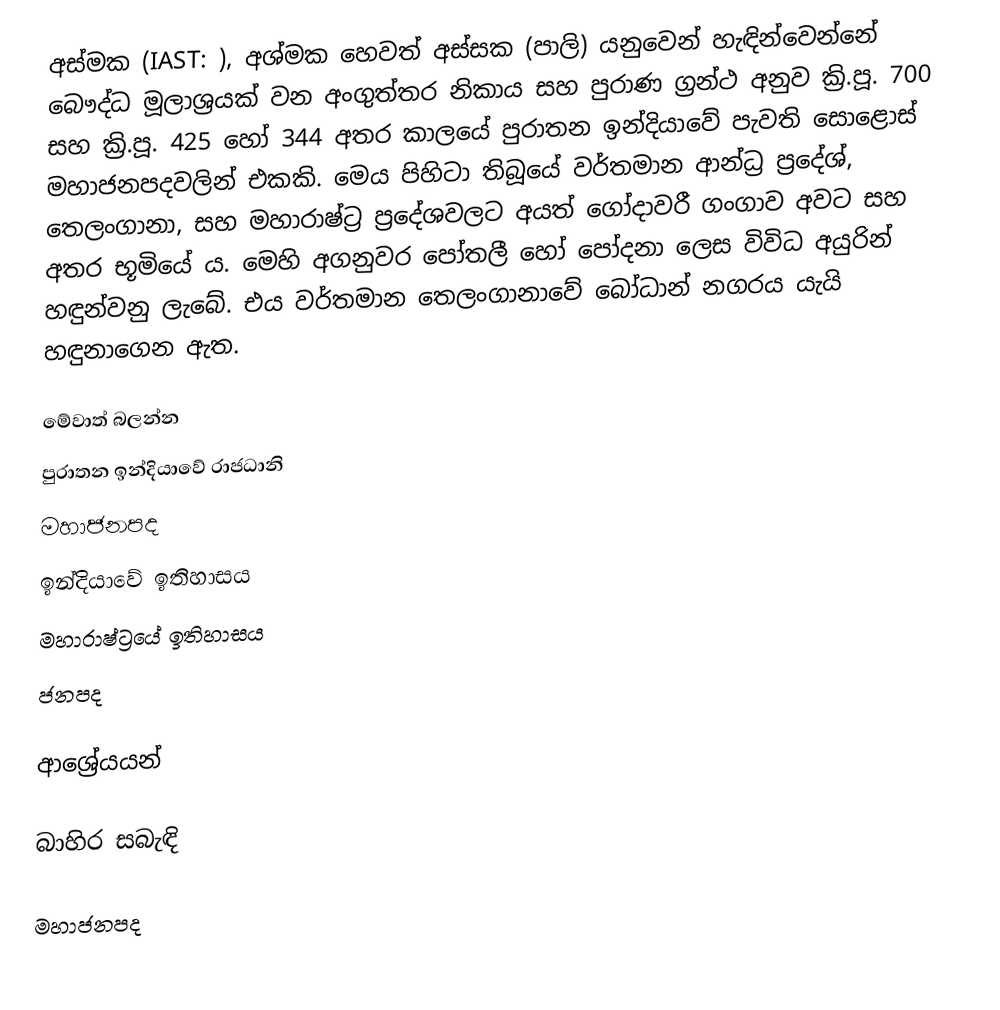
අස්මක (IAST: ), අශ්මක හෙවත් අස්සක (පාලි) යනුවෙන් හැඳින්වෙන්නේ බෞද්ධ මූලාශ්‍රයක් වන අංගුත්තර නිකාය සහ පුරාණ ග්‍රන්ථ අනුව ක්‍රි.පූ. 700 සහ ක්‍රි.පූ. 425 හෝ 344 අතර කාලයේ පුරාතන ඉන්දියාවේ පැවති සොළොස් මහාජනපදවලින් එකකි. මෙය පිහිටා තිබූයේ වර්තමාන ආන්ධ්‍ර ප්‍රදේශ්, තෙලංගානා, සහ මහාරාෂ්ට්‍ර ප්‍රදේශවලට අයත් ගෝදාවරී ගංගාව අවට සහ අතර භූමියේ ය. මෙහි අගනුවර පෝතලී හෝ පෝදනා ලෙස විවිධ අයුරින් හඳුන්වනු ලැබේ. එය වර්තමාන තෙලංගානාවේ බෝධාන් නගරය යැයි හඳුනාගෙන ඇත.

මේවාත් බලන්න
පුරාතන ඉන්දියාවේ රාජධානි
මහාජනපද
ඉන්දියාවේ ඉතිහාසය
මහාරාෂ්ට්‍රයේ ඉතිහාසය
ජනපද

ආශ්‍රේයයන්

බාහිර සබැඳි

මහාජනපද